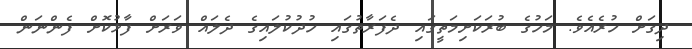
ދިގަށް ހުރެއެވެ. މަހުގެ ބުރަކަށިމަތީގައި ދެފަރާތުގައި ހުދުކުލައިގެ ދެލައް ވަރަށް ފާޅުކޮށް ފެންނަން